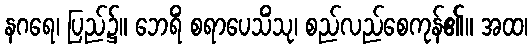
နဂရေ၊ ပြည်၌။ ဘေရိံ စရာပေသိံသု၊ စည်လည်စေကုန်၏။ အထ၊